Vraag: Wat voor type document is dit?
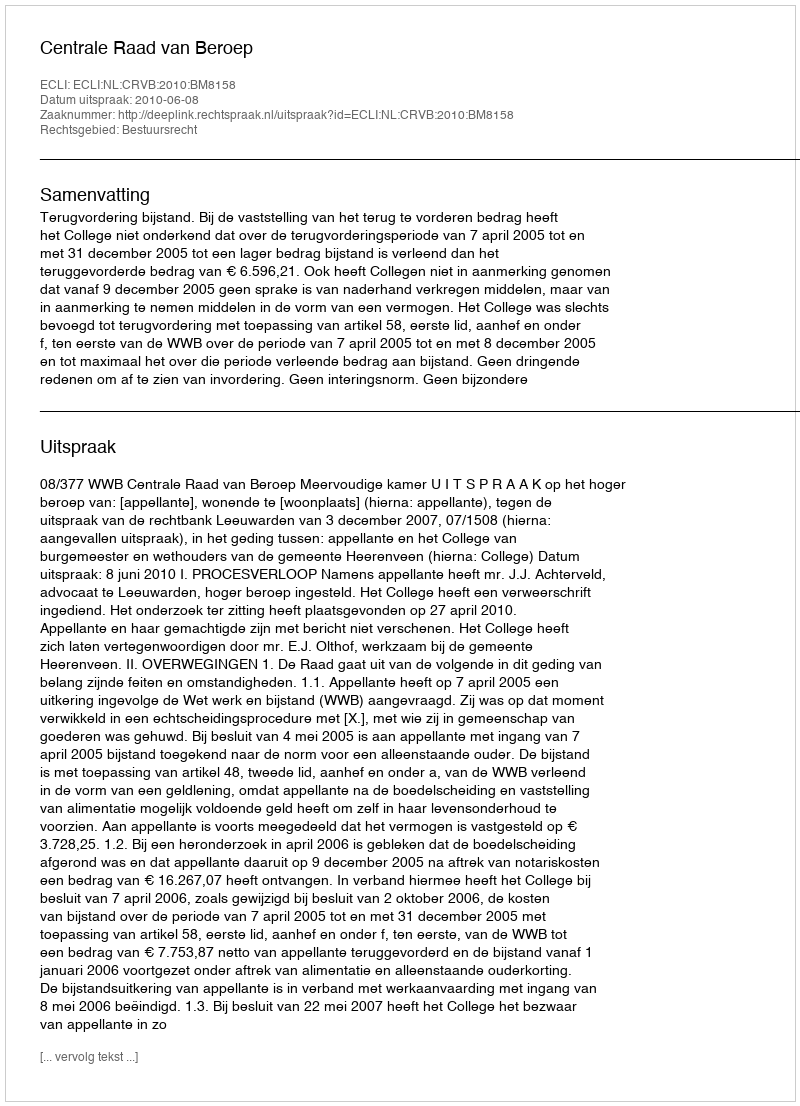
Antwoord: Uitspraak